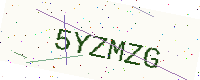
Text: 5YZMZG